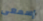
إسمعى